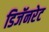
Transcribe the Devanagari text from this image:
डिजॅनरेट